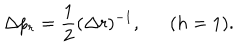
\Delta p _ { r } = \frac { 1 } { 2 } ( \Delta r ) ^ { - 1 } , ( h = 1 ) .